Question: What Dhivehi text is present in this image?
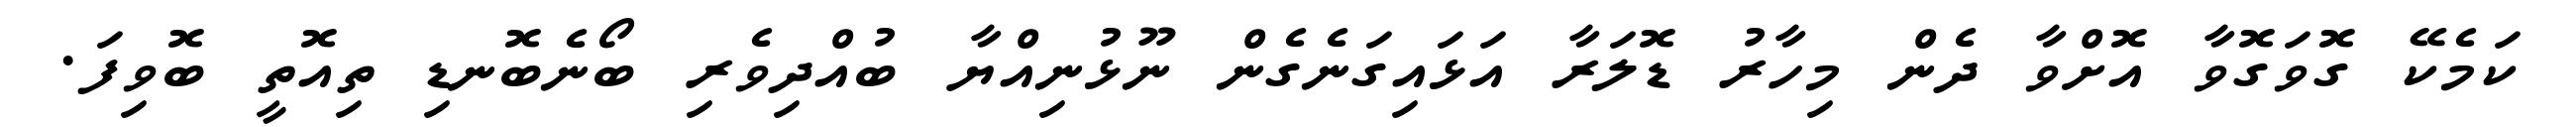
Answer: ކަމެކޭ ގޮވަގޮވާ އޮށްވާ ދެން މިހާރު ޑޮލަރާ އަޅައިގަނެގެން ނޫޅުނިއްޔާ ބުއްދިވެރި ބޯނެބޮނޑި ތިއޮތީ ބޮވިފަ.